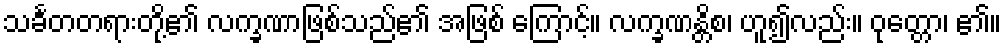
သင်္ခတတရားတို့၏ လက္ခဏာဖြစ်သည်၏ အဖြစ် ကြောင့်။ လက္ခဏန္တိစ၊ ဟူ၍လည်း။ ဝုတ္တော၊ ၏။